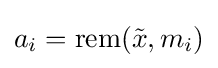
a_{i}=\mathrm {rem} ({\tilde {x}},m_{i})